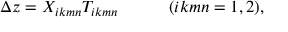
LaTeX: \Delta z = X _ { i k m n } T _ { i k m n } ~ ~ ~ ~ ~ ~ ~ ~ ~ ( i k m n = 1 , 2 ) ,